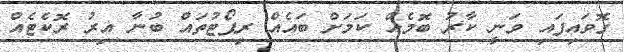
ގޮވައިފައި ވަނީ ކާރު ބޮމެއް ކަމަށް ބައެއް ރިޕޯޓުތައް ބުނާ އިރު ރޮކެޓެއް